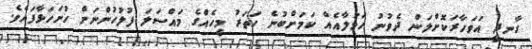
ގާނދީ އަވަހާރަކޮށްލަން ދެވުނު ހަމަލާއެއް ކަމަށްބުނެ ހަތަރު މީހެއްގެ މައްސަލަ ފުލުހުންނަށް ހުށަހަޅާފައެވެ.